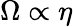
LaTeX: \Omega\propto\eta